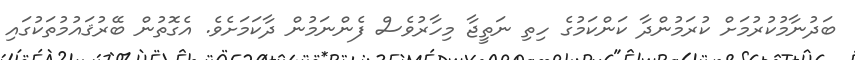
ބަދުނާމުކުރުމަށް ކުރަމުންދާ ކަންކަމުގެ ހިތި ނަތީޖާ މިހާރުވެސް ފެންނަމުން ދާކަމަށެވެ. އެގޮތުން ބޭރުޤައުމުތަކުގައި